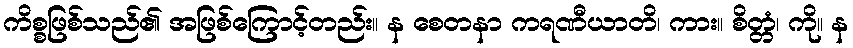
ကိစ္စဖြစ်သည်၏ အဖြစ်ကြောင့်တည်း။ န စေတနာ ကရဏီယာတိ၊ ကား။ စိတ္တံ၊ ကို။ န